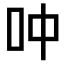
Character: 𫩘